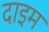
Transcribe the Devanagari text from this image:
दाइम